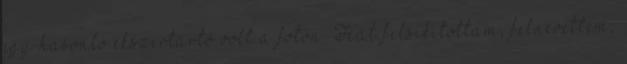
egy hasonló ékszertartó volt a fotón. Hát felsikítottam, felnevettem,